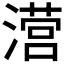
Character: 𰝅